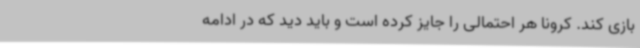
بازی کند. کرونا هر احتمالی را جایز کرده است و باید دید که در ادامه